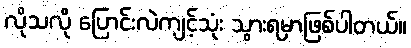
လိုသလို ပြောင်းလဲကျင့်သုံး သွားရမှာဖြစ်ပါတယ်။